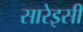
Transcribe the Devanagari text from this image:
सारेइसी